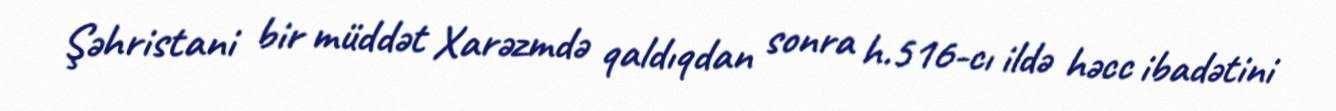
Şəhristani bir müddət Xarəzmdə qaldıqdan sonra h.516-cı ildə həcc ibadətini